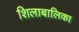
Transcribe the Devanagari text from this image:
शिलाबालिका